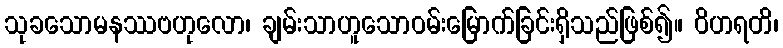
သုခသောမနဿဗဟုလော၊ ချမ်းသာဟူသောဝမ်းမြောက်ခြင်းရှိသည်ဖြစ်၍။ ဝိဟရတိ၊